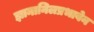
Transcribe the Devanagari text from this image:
ज्ञानानिलप्रभावेन